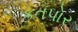
કતપોર